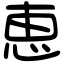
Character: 恵